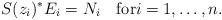
LaTeX: \begin{align*}S(z_i)^*E_i=N_i\quad\mbox{for}i=1,\ldots,n.\end{align*}